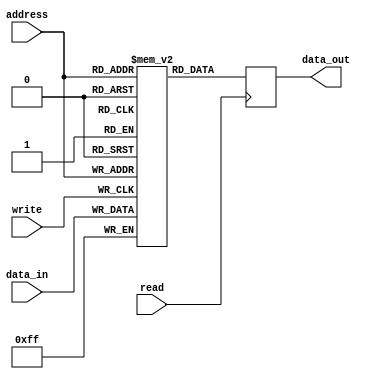
module sram(
    input wire [7:0] address,
    input wire read,
    input wire write,
    input wire [7:0] data_in,
    output reg [7:0] data_out
    );
    
    reg [7:0] memory [0:255]; // Array of memory cells
    
    // Read operation
    always @(posedge read) begin
        data_out <= memory[address];
    end
    
    // Write operation
    always @(posedge write) begin
        memory[address] <= data_in;
    end
    
endmodule